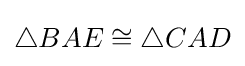
\triangle BAE\cong \triangle CAD